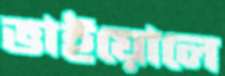
ভাইয়োলে